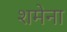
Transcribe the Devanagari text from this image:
शमेना